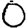
Digit: 0